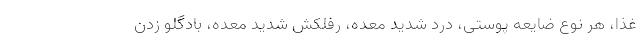
غذا، هر نوع ضایعه پوستی، درد شدید معده، رفلکش شدید معده، بادگلو زدن